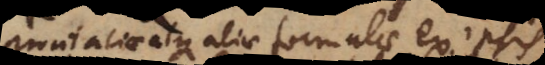
aliae atque aliae formulae ex ipsis